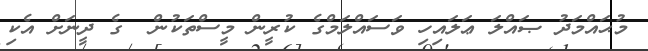
މުޙައްމަދު ޞައްލަ ޢަލައިހި ވަސައްލަމްގެ ކުރީން މީސްތަކުން  ގެ ދީނަށް އެކި